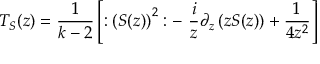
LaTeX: T _ { S } ( z ) = \frac 1 { k - 2 } \left[ : \left( S ( z ) \right) ^ { 2 } : - \, \, \frac i z \partial _ { z } \left( z S ( z ) \right) + \frac 1 { 4 z ^ { 2 } } \right]